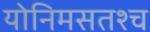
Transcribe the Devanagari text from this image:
योनिमसतश्च